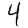
Digit: 4